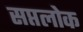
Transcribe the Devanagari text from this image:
सप्तलोक